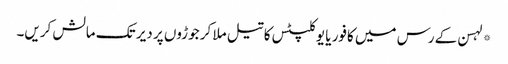
*لہسن کے رس میں کافور یا یوکلپٹس کا تیل ملا کر جوڑوں پر دیر تک مالش کریں۔